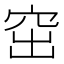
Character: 窋